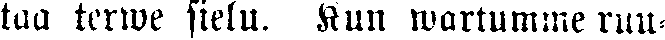
taa terwe sielu. Kun wartumme ruu-